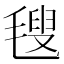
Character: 𣯜